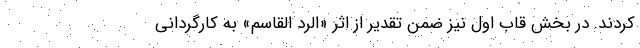
کردند. در بخش قاب اول نیز ضمن تقدیر از اثر «الرد القاسم» به کارگردانی